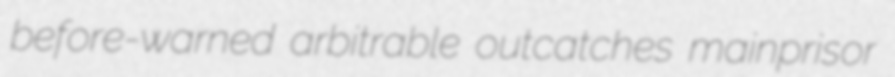
before-warned arbitrable outcatches mainprisor